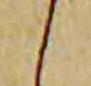
候